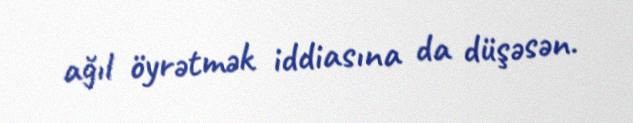
ağıl öyrətmək iddiasına da düşəsən.